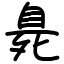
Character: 臰